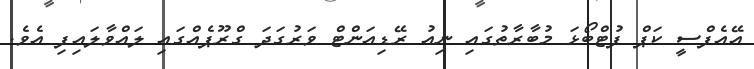
އޭއެފްސީ ކަޕް ފުޓްބޯޅަ މުބާރާތުގައި ނިއު ރޭޑިއަންޓް ވަރުގަދަ ގްރޫޕެއްގައި ލައްވާލައިފި އެވެ.